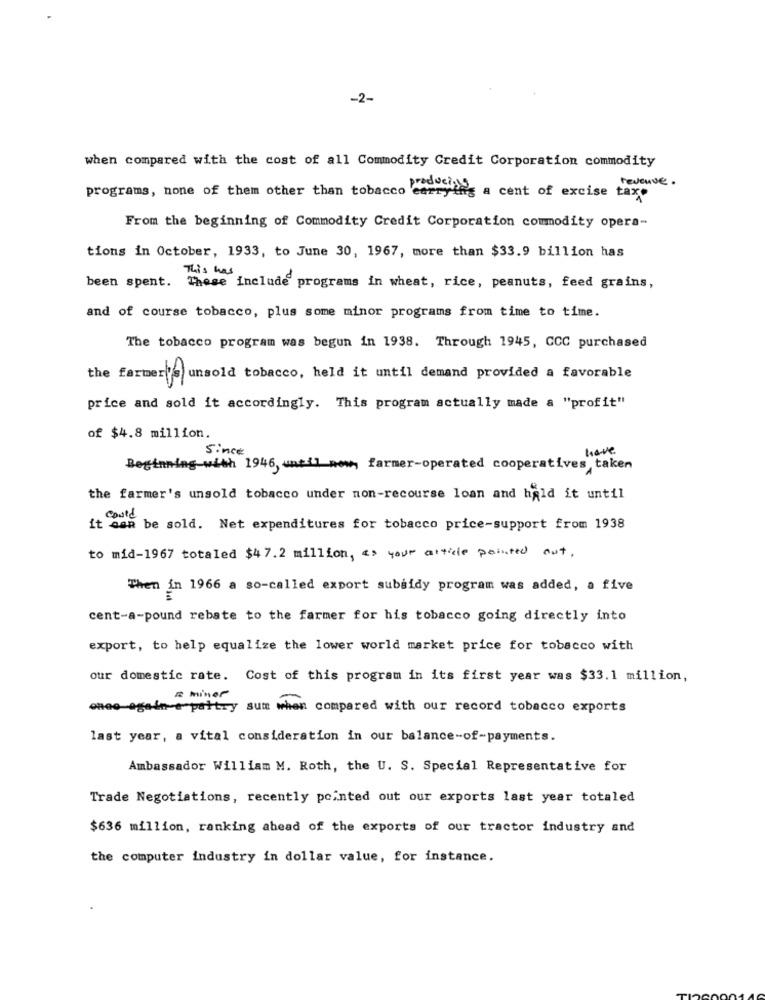
-2-
when compared with the cost of all Commodity Credit Corporation commodity
REVENUE .
programs, none of them other than tobacco carrying a cent of excise tax.
From the beginning of Commodity Credit Corporation commodity opera-
tions in October, 1933, to June 30, 1967, more than $33.9 billion has
This was
been spent. These include programs in wheat, rice, peanuts, feed grains,
and of course tobacco, plus some minor programs from time to time.
The tobacco program was begun in 1938. Through 1945, CCC purchased
the farmer's unsold tobacco, held it until demand provided a favorable
price and sold it accordingly. This program actually made a "profit"
of $4.8 million.
Since
have
Beginning with 1946, until now, farmer-operated cooperatives taken
the farmer's unsold tobacco under non-recourse loan and hald it until
it can be sold. Net expenditures for tobacco price-support from 1938
to mid-1967 totaled $47.2 million, < > your article pointed out.
Then in 1966 a so-called export subsidy program was added, a five
cent-a-pound rebate to the farmer for his tobacco going directly into
export, to help equalize the lower world market price for tobacco with
our domestic rate. Cost of this program in its first year was $33.1 million,
A minor
once again-e paltry sum when compared with our record tobacco exports
last year, a vital consideration in our balance-of-payments.
Ambassador William M. Roth, the U. S. Special Representative for
Trade Negotiations, recently pointed out our exports last year totaled
$636 million, ranking ahead of the exports of our tractor industry and
the computer industry in dollar value, for instance.